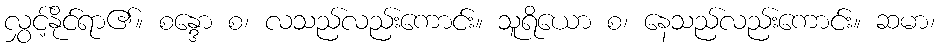
လွှင့်နိုင်ရာ၏။ စန္ဒော စ၊ လသည်လည်းကောင်း။ သူရိယော စ၊ နေသည်လည်းကောင်း။ ဆမာ၊